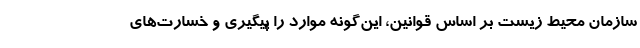
سازمان محیط زیست بر اساس قوانین، این‌گونه موارد را پیگیری و خسارت‌های